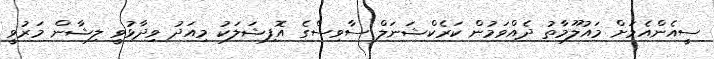
ސީއެންއެމަށް މައުލޫމާތު ދެއްވަމުން ކަރެކްޝަނަލް ސާވިސްގެ އޮފިޝަލަކު މިއަދު ވިދާޅުވީ ލިޝާން މަރުވީ